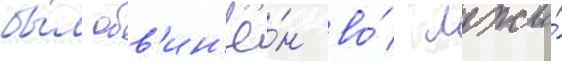
бы́л обв'ин'ё́н во́ лжи́